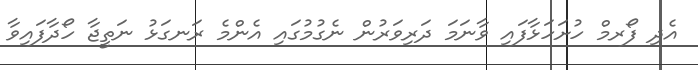
އެދި ފޯރމް ހުށަހަޅާފައި ވާނަމަ ދަރިވަރުން ނެގުމުގައި އެންމެ ރަނގަޅު ނަތީޖާ ހޯދާފައިވާ